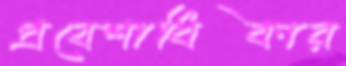
প্রবেশাধিকার